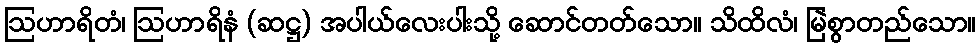
ဩဟာရိတံ၊ ဩဟာရိနံ (ဆဋ္ဌ) အပါယ်လေးပါးသို့ ဆောင်တတ်သော။ သိထိလံ၊ မြဲစွာတည်သော။